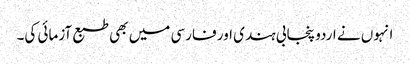
انہوں نے اردو پنجابی ہندی اور فارسی میں بھی طبع آزمائی کی۔